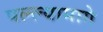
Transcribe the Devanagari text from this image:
पल्ल्यामागे